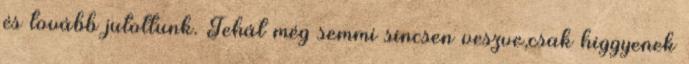
és tovább jutottunk. Tehát még semmi sincsen veszve,csak higgyenek